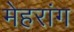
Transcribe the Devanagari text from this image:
मेहरांग